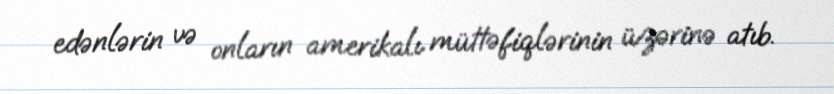
edənlərin və onların amerikalı müttəfiqlərinin üzərinə atıb.